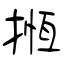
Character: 揯